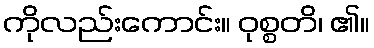
ကိုလည်းကောင်း။ ဝုစ္စတိ၊ ၏။